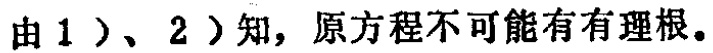
由 1）、2）知，原方程不可能有有理根。